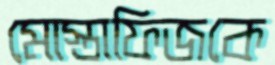
মোস্তাফিজকে